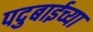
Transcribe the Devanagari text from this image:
पदुबाईच्या